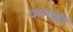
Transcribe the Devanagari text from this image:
धनगढ़ी